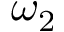
\omega _ { 2 }